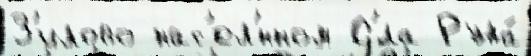
З'илово нас'ел'́нном С'́ла Руда́